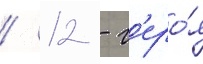
/ 12 - г'еро́я